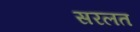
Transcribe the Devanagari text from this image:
सरलत